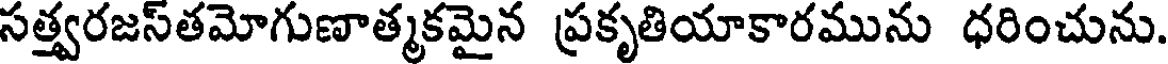
సత్త్వరజస్తమోగుణాత్మకమైన ప్రకృతియాకారమును ధరించును.